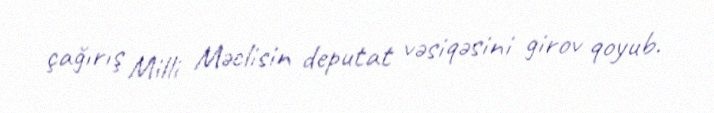
çağırış Milli Məclisin deputat vəsiqəsini girov qoyub.